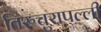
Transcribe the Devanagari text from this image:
तिरुचुरापल्ली